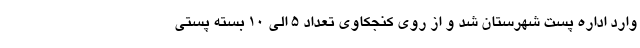
وارد اداره پست شهرستان شد و از روی کنجکاوی تعداد ۵ الی ۱۰ بسته پستی